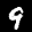
Label: 9